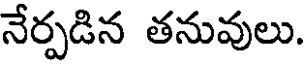
నేర్పడిన తనువులు.